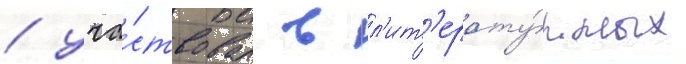
/ уча́ствовал в л'ит'ерату́рных